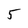
Character: 5